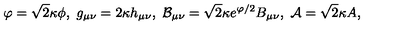
\varphi = \sqrt { 2 } \kappa \phi , \ g _ { \mu \nu } = 2 \kappa h _ { \mu \nu } , \ { \cal B } _ { \mu \nu } = \sqrt { 2 } \kappa e ^ { \varphi / 2 } B _ { \mu \nu } , \ { \cal A } = \sqrt { 2 } \kappa A ,